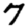
Digit: 7